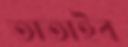
তাতাইব